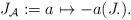
\begin{align*}J_{\mathcal{A}}:=a \mapsto -a(J.).\end{align*}